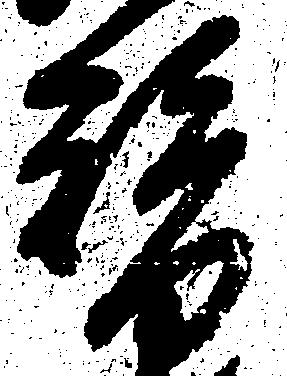
替